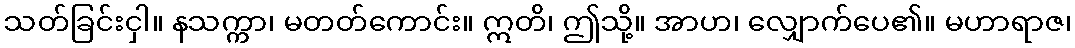
သတ်ခြင်းငှါ။ နသက္ကာ၊ မတတ်ကောင်း။ ဣတိ၊ ဤသို့။ အာဟ၊ လျှောက်ပေ၏။ မဟာရာဇ၊